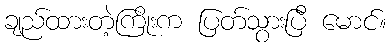
ချည်ထားတဲ့ကြိုးက ပြတ်သွားပြီ မောင်။